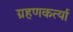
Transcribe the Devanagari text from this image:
ग्रहणकर्त्या